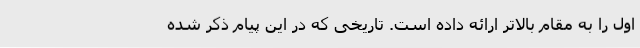
اول را به مقام بالاتر ارائه داده است. تاریخی که در این پیام ذکر شده